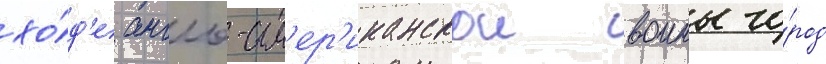
хо́д'е англо-ам'ер'иканскои воины го́род